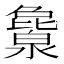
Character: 𬉖